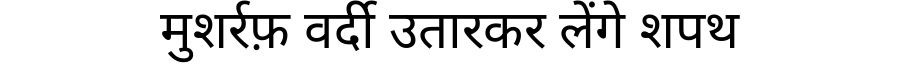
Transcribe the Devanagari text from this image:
मुशर्रफ़ वर्दी उतारकर लेंगे शपथ